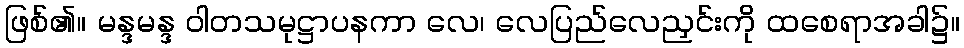
ဖြစ်၏။ မန္ဒမန္ဒ ဝါတသမုဋ္ဌာပနကာ လေ၊ လေပြည်လေညှင်းကို ထစေရာအခါ၌။